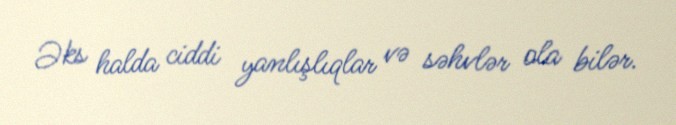
Əks halda ciddi yanlışlıqlar və səhvlər ola bilər.